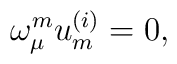
\omega ^{{ m}}_{\mu } u^{{ (i)}}_{{ m}} = 0 ,